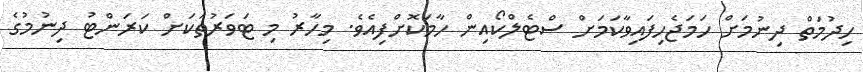
ހިދުމަތް ދިނުމަށް ހަމަޖެހިފައިިވާކަމަށް ސްޓެލްކޯއިން ހާމަކޮށްފިއެވެ. މިހާރު މި ޓަވަރުތަކަށް ކަރަންޓު ދިނުމުގެ